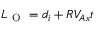
L _ { \mathrm { ~ O ~ } } = d _ { i } + R V _ { A x } t